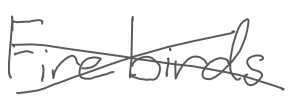
Text: Firebirds
Cross-out: mix
Writing tool: digital_gray